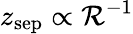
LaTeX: z_{\textrm{sep}}\propto\mathcal{R}^{-1}